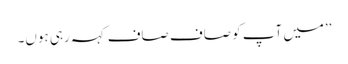
’’میں آپ کو صاف صاف کہہ رہی ہوں۔